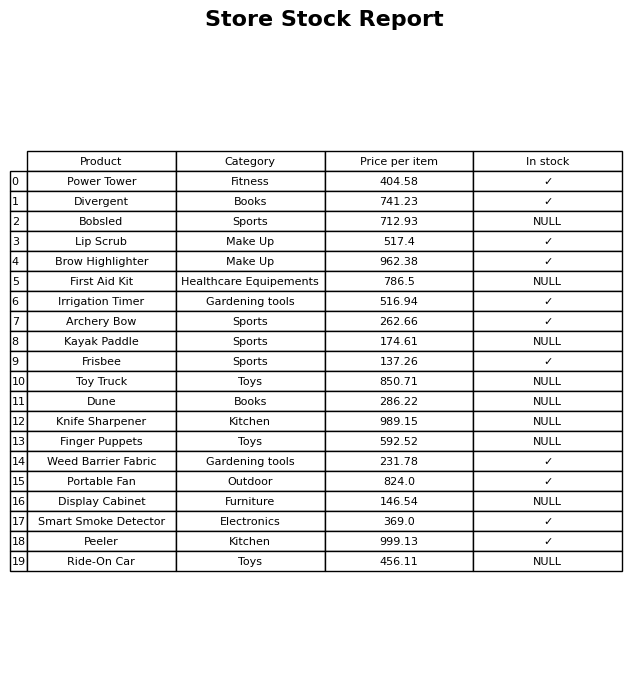
question: What is the price for Weed Barrier Fabric?
answer: The price of Weed Barrier Fabric is 231.78.